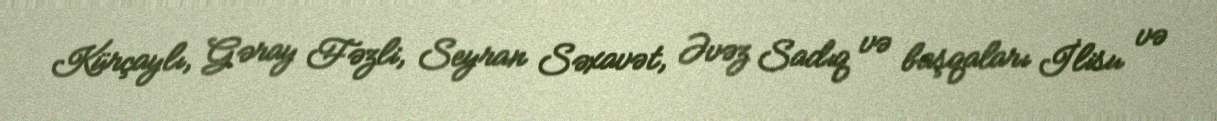
Kürçaylı, Gəray Fəzli, Seyran Səxavət, Əvəz Sadıq və başqaları İlisu və